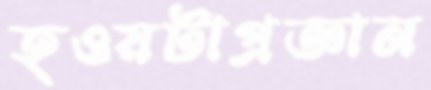
হওয়টাপ্রজ্ঞান